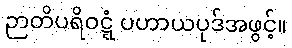
ဉာတိပရိဝဋ္ဋံ ပဟာယပုဒ်အဖွင့်။